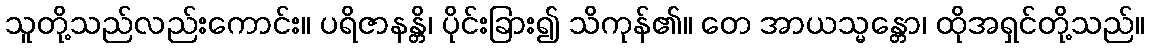
သူတို့သည်လည်းကောင်း။ ပရိဇာနန္တိ၊ ပိုင်းခြား၍ သိကုန်၏။ တေ အာယသ္မန္တော၊ ထိုအရှင်တို့သည်။